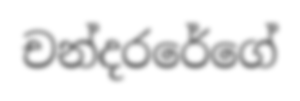
චන්දරරේගේ